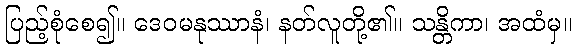
ပြည့်စုံစေ၍။ ဒေဝမနုဿာနံ၊ နတ်လူတို့၏။ သန္တိကာ၊ အထံမှ။